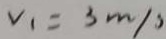
V _ { 1 } = 3 m / s